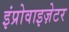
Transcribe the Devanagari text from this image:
इंप्रोवाइज़ेटर